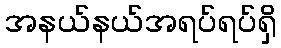
အနယ်နယ်အရပ်ရပ်ရှိ